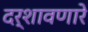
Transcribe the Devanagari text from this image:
दर्शावणारे